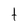
Character: t